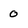
Character: 0